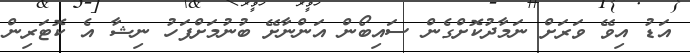
އަޑު އިވޭ ވަރަށް ނަމާދުކޮށްގެން ސައިބޯން އަންނާށޭ ބުނުމަށްފަހު ނިޝާ އެ ކޮޓަރިން